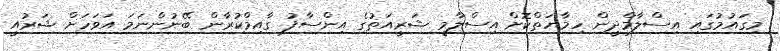
މިގައުމުގައި އިސްލާމްދީން ހިމާޔަތްކޮށް އިސްލާމީ ޝަރީއަތުގެ އިންސާފު ގާއިމްކުރާން ބޭނުންނަމަ އަވަހަށް ޝަރުއީ